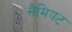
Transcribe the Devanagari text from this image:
सैमियट